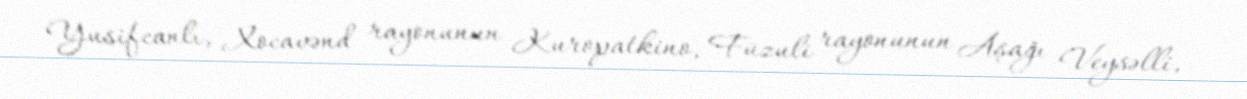
Yusifcanlı, Xocavənd rayonunun Kuropatkino, Füzuli rayonunun Aşağı Veysəlli,